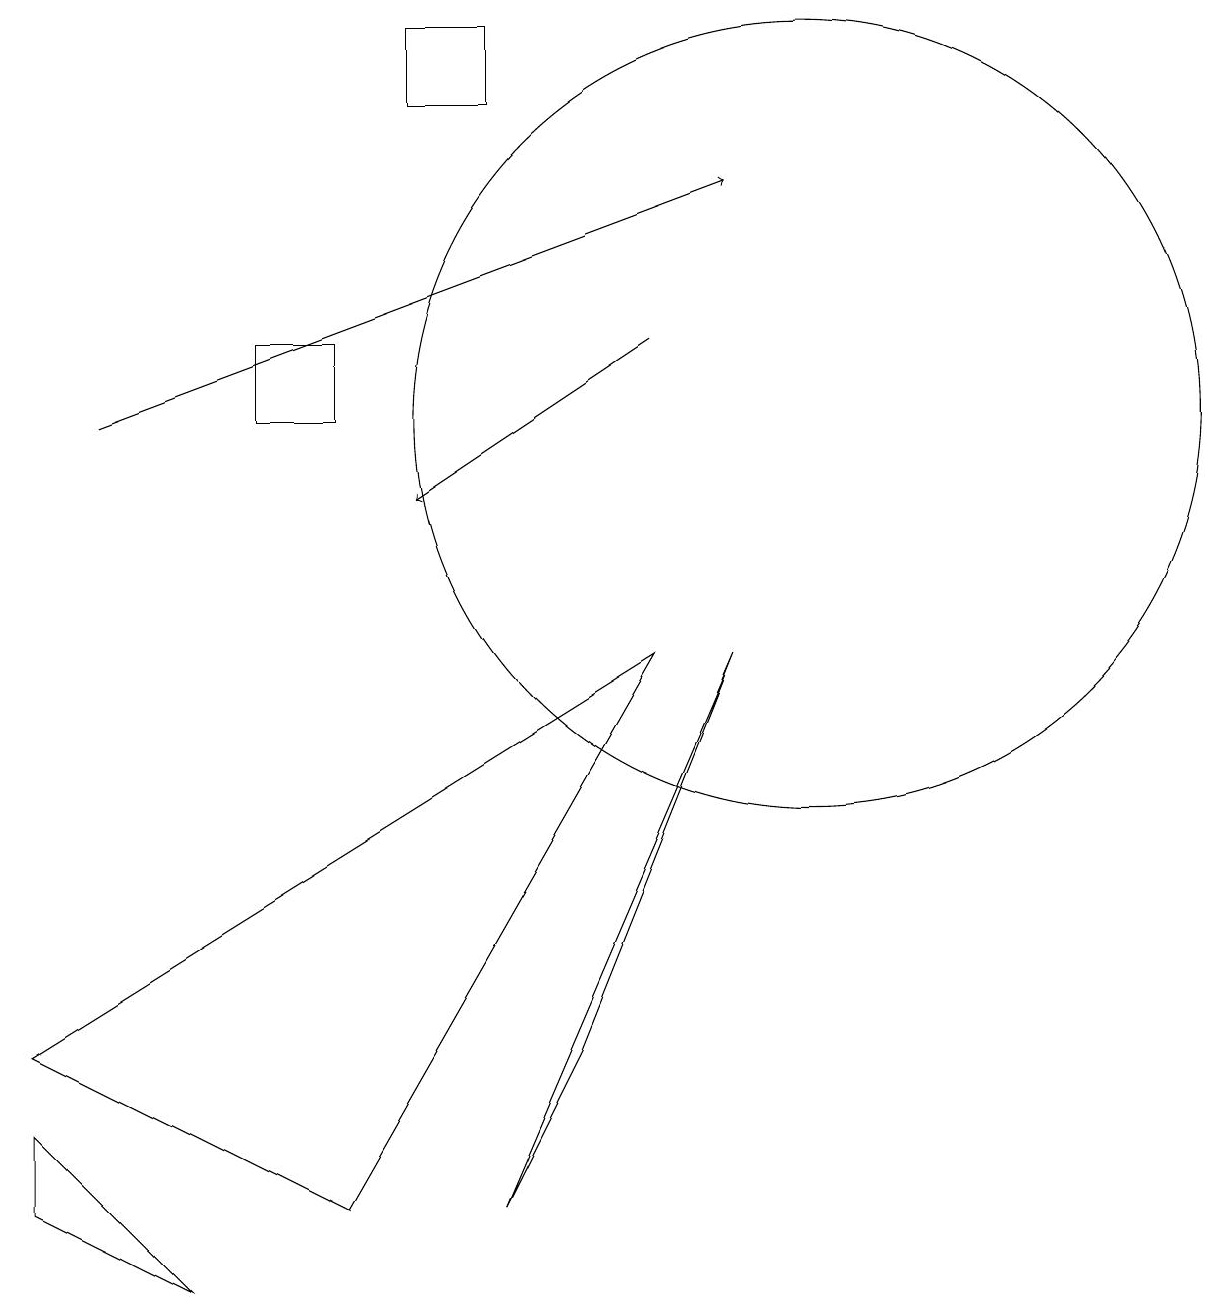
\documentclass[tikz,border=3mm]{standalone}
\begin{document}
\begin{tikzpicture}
\draw[->] (1,11) -- (9,14);
\draw[->] (8,12) -- (5,10);
\draw (0,3) -- (4,1) -- (8,8) -- cycle;
\draw (6,1) -- (7,3) -- (9,8) -- cycle;
\draw (10,11) circle (5);
\draw (0,2) -- (0,1) -- (2,0) -- cycle;
\draw (6,16) rectangle (5,15);
\draw (3,12) rectangle (4,11);
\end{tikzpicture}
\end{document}